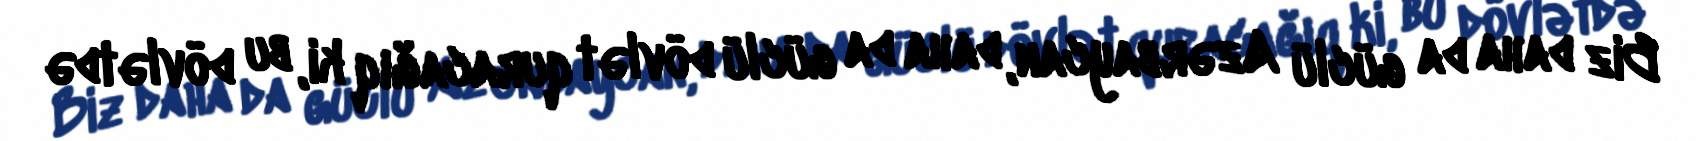
Biz daha da güclü Azərbaycan, daha da güclü dövlət quracağıq ki, bu dövlətdə